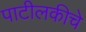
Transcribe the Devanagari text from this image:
पाटीलकीचे